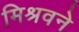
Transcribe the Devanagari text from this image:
मिश्रवने